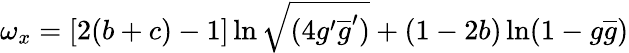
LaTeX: \omega_{x}=[2(b+c)-1]\ln\sqrt{(4g^{\prime}\overline{{{g}}}^{\prime})}+(1-2b)\ln(1-g\overline{{{g}}})